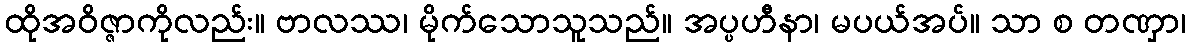
ထိုအဝိဇ္ဇာကိုလည်း။ ဗာလဿ၊ မိုက်သောသူသည်။ အပ္ပဟီနာ၊ မပယ်အပ်။ သာ စ တဏှာ၊